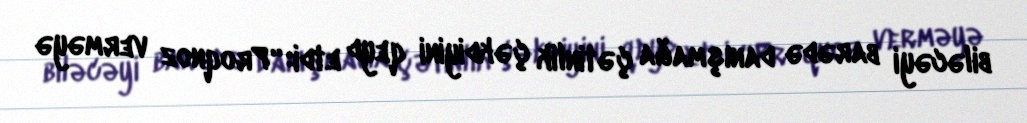
biləcəyi barədə danışmağa çətinlik çəkdiyini qeyd etdi: “Proqnoz verməyə